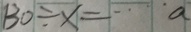
1 3 0 \div x = \cdots a